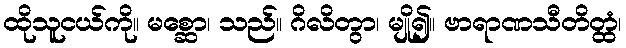
ထိုသူငယ်ကို။ မစ္ဆော၊ သည်။ ဂိလိတွာ၊ မျို၍။ ဗာရာဏသီတိတ္ထံ၊